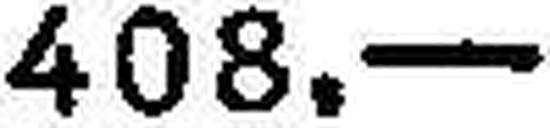
408.—